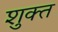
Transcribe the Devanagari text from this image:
शुक्त